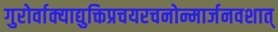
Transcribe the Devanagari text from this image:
गुरोर्वाक्याद्युक्तिप्रचयरचनोन्मार्जनवशात्